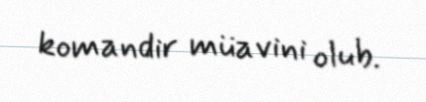
komandir müavini olub.